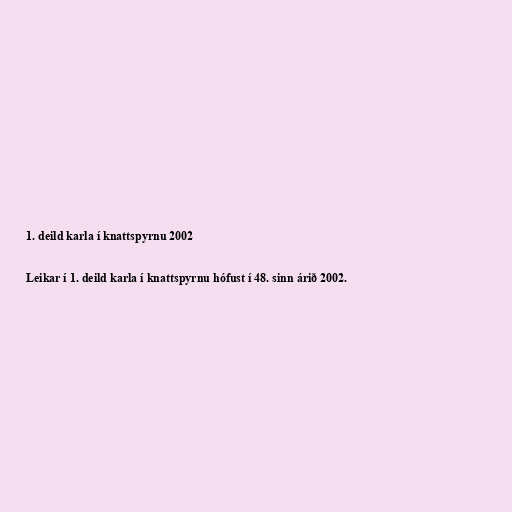
1. deild karla í knattspyrnu 2002

Leikar í 1. deild karla í knattspyrnu hófust í 48. sinn árið 2002.